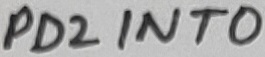
Text: PD2INT0